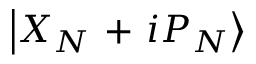
\left| { { X } _ { N } } \mathrm { ~ + ~ } i { { P } _ { N } } \right\rangle